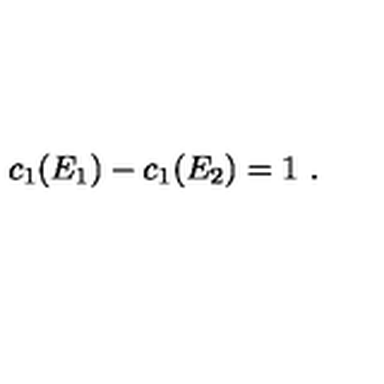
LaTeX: c _ { 1 } ( E _ { 1 } ) - c _ { 1 } ( E _ { 2 } ) = 1 \ .